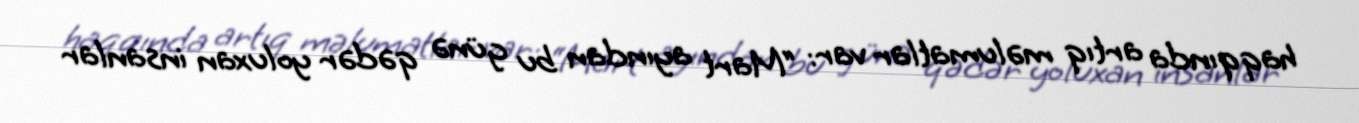
haqqında artıq məlumatlar var: “Mart ayından bu günə qədər yoluxan insanlar